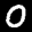
Label: 0